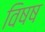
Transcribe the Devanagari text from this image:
विषष